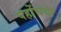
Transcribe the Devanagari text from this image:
पहोंचवा